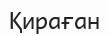
Қираған